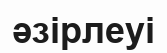
әзірлеуі